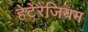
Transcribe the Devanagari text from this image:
हेटेरैंजियम